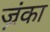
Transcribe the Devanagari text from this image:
ज़्रंका